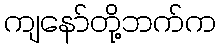
ကျနော်တို့ဘက်က